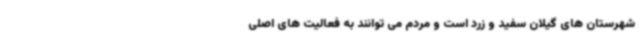
شهرستان های گیلان سفید و زرد است و مردم می توانند به فعالیت های اصلی